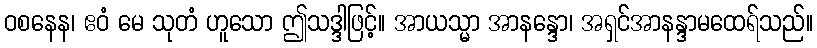
ဝစနေန၊ ဧဝံ မေ သုတံ ဟူသော ဤသဒ္ဒါဖြင့်။ အာယသ္မာ အာနန္ဒော၊ အရှင်အာနန္ဒာမထေရ်သည်။